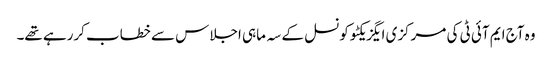
وہ آج ایم آئی ٹی کی مرکزی ایگزیکٹو کونسل کے سہ ماہی اجلاس سے خطاب کررہے تھے۔